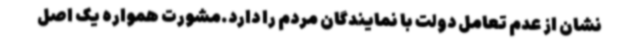
نشان از عدم تعامل دولت با نمایندگان مردم را دارد.مشورت همواره یک اصل